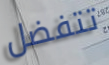
تتفضل